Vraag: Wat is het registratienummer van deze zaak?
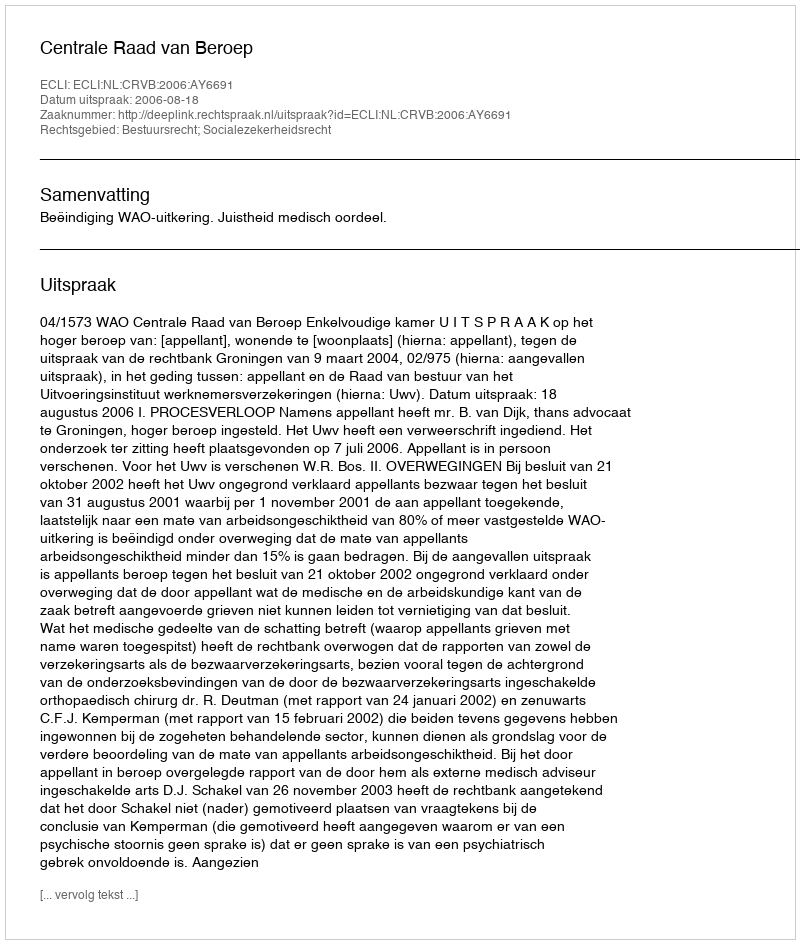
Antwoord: http://deeplink.rechtspraak.nl/uitspraak?id=ECLI:NL:CRVB:2006:AY6691